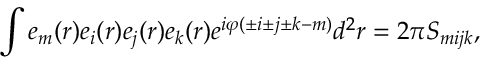
\int e _ { m } ( r ) e _ { i } ( r ) e _ { j } ( r ) e _ { k } ( r ) e ^ { i \varphi ( \pm i \pm j \pm k - m ) } d ^ { 2 } r = 2 \pi S _ { m i j k } ,